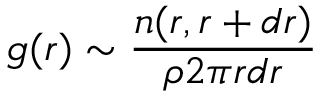
g ( r ) \sim \frac { n ( r , r + d r ) } { \rho 2 \pi r d r }